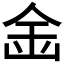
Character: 𱐏